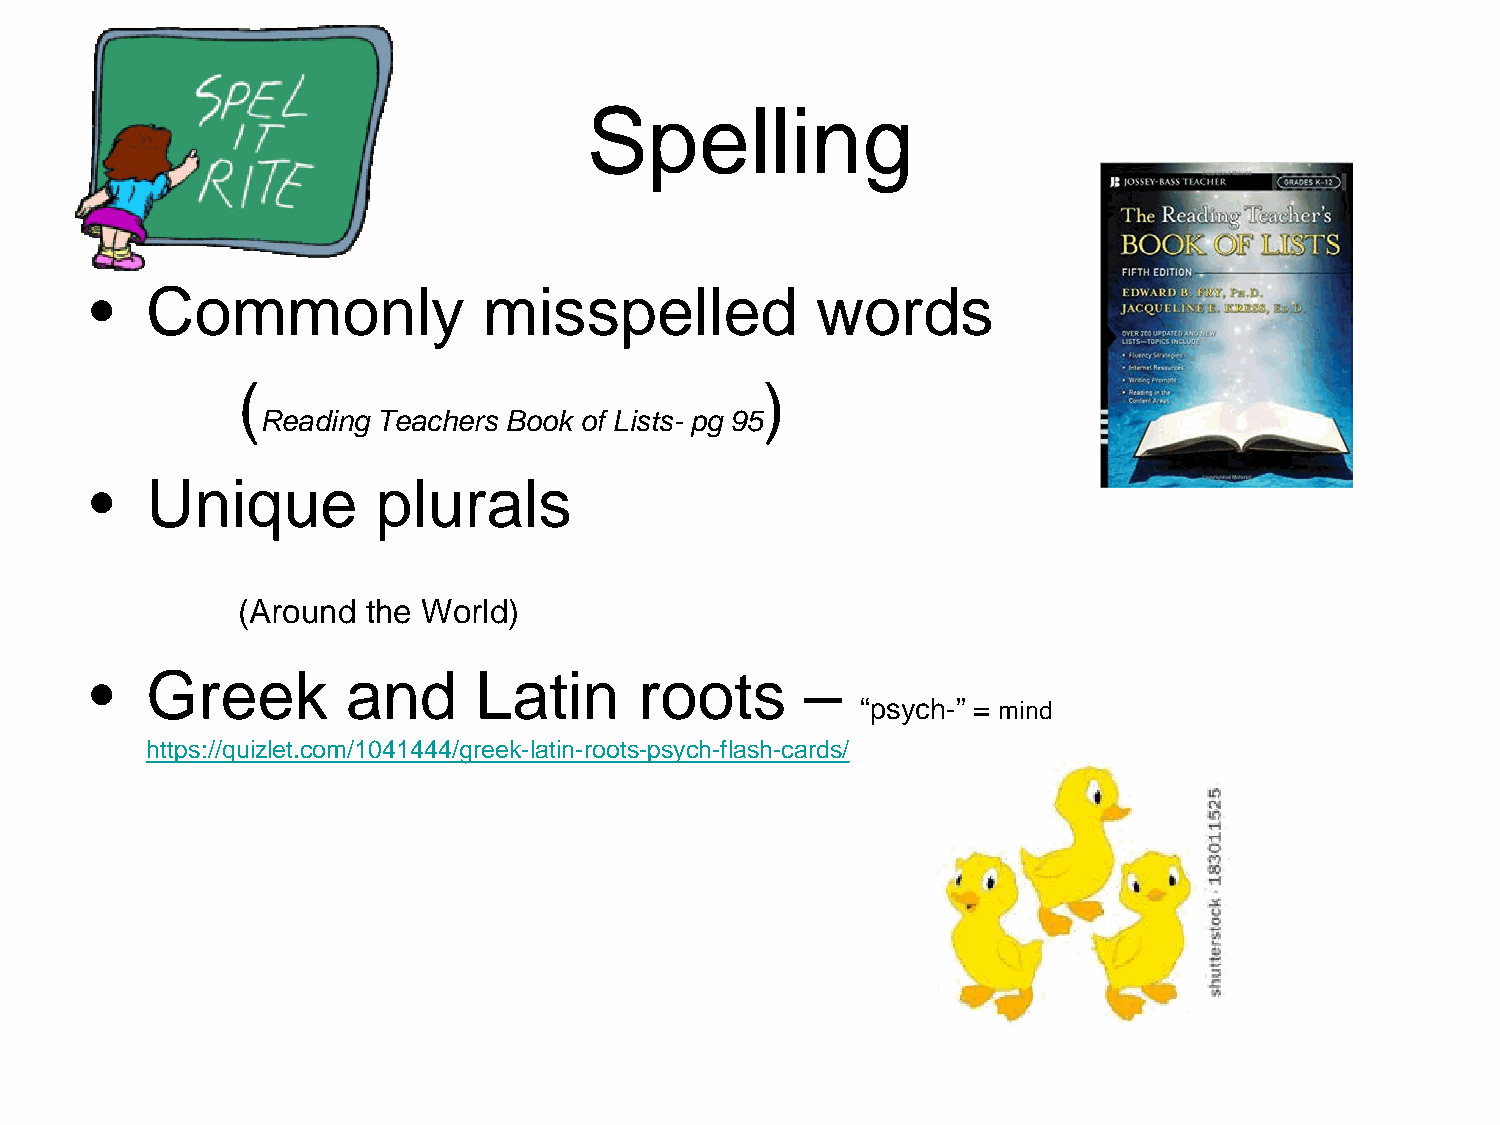
Spelling
 •   Commonly              misspelled            words
 (                                 )
 Reading Teachers Book of Lists- pg 95
 •   Unique         plurals
 (Around the World)
 •   Greek        and     Latin      roots      –
 “psych-” = mind
 https://quizlet.com/1041444/greek-latin-roots-psych-flash-cards/